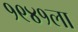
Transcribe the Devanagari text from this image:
१९४१ला